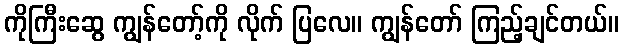
ကိုကြီးဆွေ ကျွန်တော့်ကို လိုက် ပြလေ။ ကျွန်တော် ကြည့်ချင်တယ်။